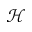
\mathcal { H }